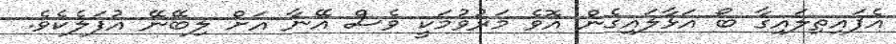
އެފައިތިލައިގާ ބޯ އަޅާލައިގެން އޮވެ މަރުވުމަކީ ވެސް އޭނާ އަށް ލިބޭނޭ އުފަލެކެވެ.